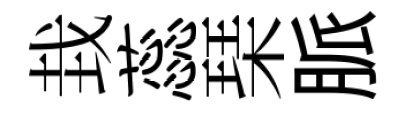
㘽蕊琹脈